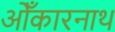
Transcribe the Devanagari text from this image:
ओँकारनाथ